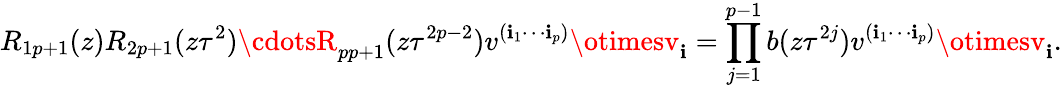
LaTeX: R_{1p+1}(z)R_{2p+1}(z\tau^{2})\cdotsR_{pp+1}(z\tau^{2p-2})v^{(\mathbf{i}_{1}\cdots\mathbf{i}_{p})}\otimesv_{\mathbf{i}}=\prod_{j=1}^{p-1}b(z\tau^{2j})v^{(\mathbf{i}_{1}\cdots\mathbf{i}_{p})}\otimesv_{\mathbf{i}}.